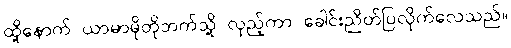
ထို့နောက် ယာမာမိုတိုဘက်သို့ လှည့်ကာ ခေါင်းညိတ်ပြလိုက်လေသည်။